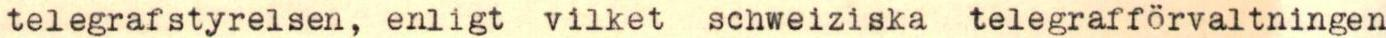
telegrafstyrelsen, enligt vilket schweiziska telegrafförvaltningen